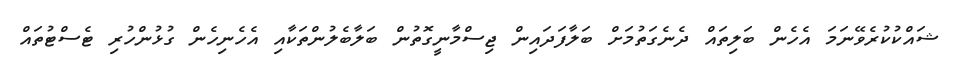
ޝައްކުކުރެވޭނަމަ އެހެން ބަލިތައް ދެނެގަތުމަށް ބަލާފަދައިން ޖިސްމާނީގޮތުން ބަލާބެލުންތަކާއި އެހެނިހެން ގުޅުންހުރި ޓެސްޓުތައް